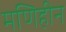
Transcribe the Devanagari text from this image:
मणिहीन